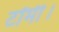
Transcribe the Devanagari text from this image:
टॉमी।